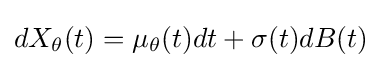
dX_{\theta }(t)=\mu _{\theta }(t)dt+\sigma (t)dB(t)